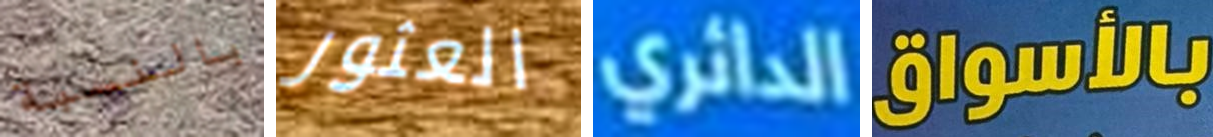
بالنسبة العثور الدائري بالأسواق